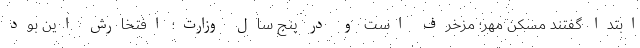
ابتدا گفتند مسکن مهر؛ مزخرف است و در پنج سال وزارت؛ افتخارش این بود